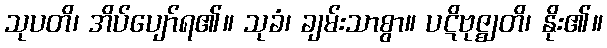
သုပတိ၊ အိပ်ပျော်ရ၏။ သုခံ၊ ချမ်းသာစွာ။ ပဋိဗုဇ္ဈတိ၊ နိုး၏။